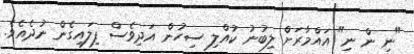
"ނި ން ނި" އައްމާރަށް ލިބުނު ކުއްލި ސިހުން އަދިވެސް ފިލައިގެން ނުދެއެވެ.